Leaving Certificate Examination (including Day School Certificate (Higher) General paper), 1936
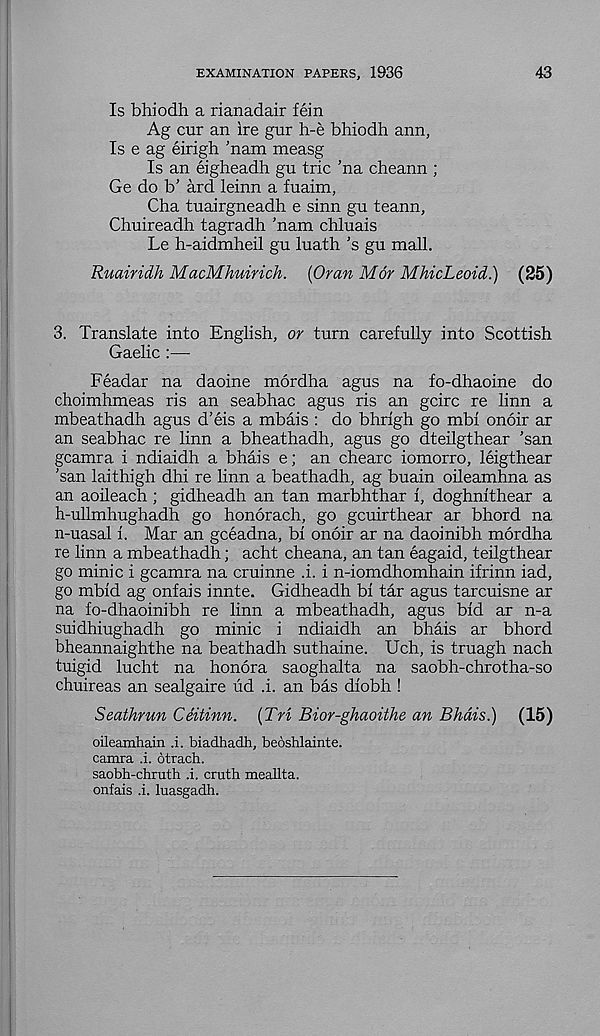
EXAMINATION PAPERS, 1936
43
Is bhiodh a rianadair fein
Ag cur an ire gur h-e bhiodh ann,
Is e ag eirigh ’nam measg
Is an eigheadh gu trie 'na cheann ;
Ge do b’ ard leinn a fuaim,
Cha tuairgneadh e sinn gu teann,
Chuireadh tagradh ’nam chluais
Le h-aidmheil gu luath’s gu mall.
Ruairidh MacMhuirich. {Oran M6r MhicLeoid.) (25)
3. Translate into English, or turn carefully into Scottish
Gaelic :—
Feadar na daoine mordha agus na fo-dhaoine do
choimhmeas ris an seabhac agus ris an geire re linn a
mbeathadh agus d’eis a mbais : do bhrigh go mbi onoir ar
an seabhac re linn a bheathadh, agus go dteilgthear ’san
gcamra i ndiaidh a bhais e; an chearc iomorro, leigthear
'san laithigh dhi re linn a beathadh, ag buain oileamhna as
an aoileach ; gidheadh an tan marbhthar i, doghnithear a
h-ullmhughadh go honorach, go gcuirthear ar bhord na
n-uasal i. Mar an geeadna, bi onoir ar na daoinibh mordha
re linn a mbeathadh; acht cheana, an tan eagaid, teilgthear
go minic i gcamra na cruinne i. i n-iomdhomhain ifrinn iad,
go mbid ag onfais innte. Gidheadh bi tar agus tarcuisne ar
na fo-dhaoinibh re linn a mbeathadh, agus bid ar n-a
suidhiughadh go minic i ndiaidh an bhais ar bhord
bheannaighthe na beathadh suthaine. Uch, is truagh nach
tuigid lucht na honora saoghalta na saobh-chrotha-so
chuireas an sealgaire ud .i. an bas diobh !
Seathrun Ceitinn. {Tri Bior-ghaoithe an Bhdis.) (15)
oileamhain .i. biadhadh, beoshlainte.
camra i. otrach.
saobh-chruth .i. cruth meallta.
onfais i. luasgadh.